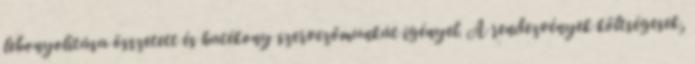
lebonyolítása összetett és hatékony szervezőmunkát igényel. A rendezvények költségesek,